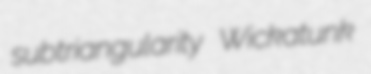
subtriangularity Wickatunk